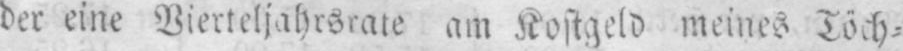
am Kostgeld meines Töch⸗